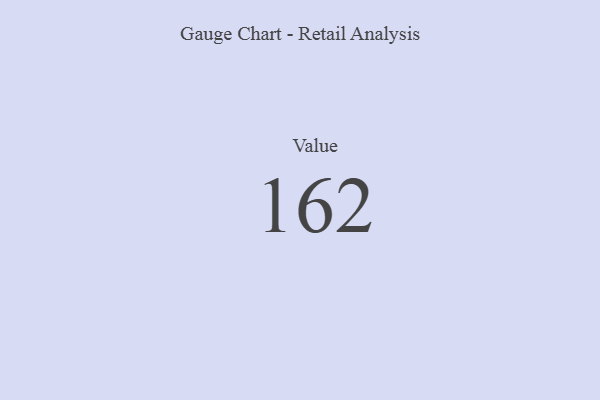
{"axis": {"x": "Metric", "y": "Value"}, "legend": [""], "data": [{"x": "Value", "y": 162, "type": ""}]}